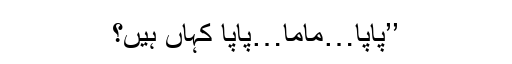
’’پاپا…ماما…پاپا کہاں ہیں؟